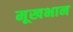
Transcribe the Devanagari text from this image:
मूखभान